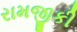
રામજીકી